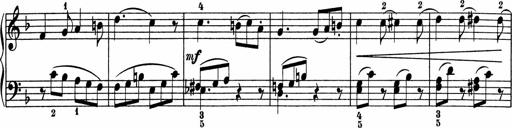
Title: 5 Sonatinen fÃ¼r die Jugend
Composer: Carl Reinecke